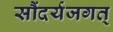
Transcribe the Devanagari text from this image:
सौंदर्यजगत्